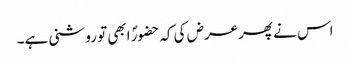
اس نے پھرعرض کی کہ حضورؐ ابھی تو روشنی ہے۔